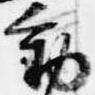
動